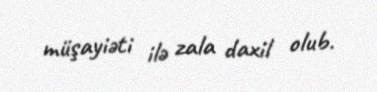
müşayiəti ilə zala daxil olub.